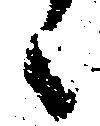
候